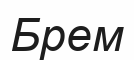
Брем